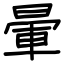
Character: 暈